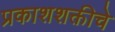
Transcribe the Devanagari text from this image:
प्रकाशशक्तीचे